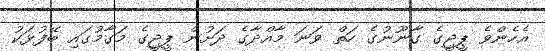
އެހެންވެ ޕީޖީގެ ގާނޫނުގެ ހަތް ވަނަ މާއްދާގެ ދަށުން ޕީޖީގެ މަގާމުގައި ބޭފުޅަކު